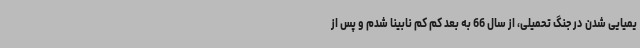
یمیایی شدن در جنگ تحمیلی، از سال 66 به بعد کم کم نابینا شدم و پس از